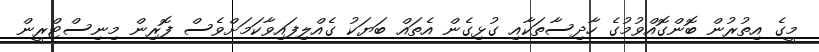
މީގެ އިތުރުން ބޮންގޮއްވުމުގެ ހާދިސާތަކާއި ގުޅިގެން އެތައް ބަޔަކު ގެއްލިފައިވާކަމަށްވެސް ފޮރިން މިނިސްޓްރީން